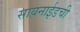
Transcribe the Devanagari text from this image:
सायनाईडची